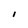
Character: I